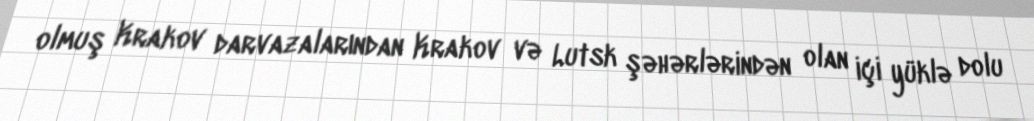
olmuş Krakov darvazalarından Krakov və Lutsk şəhərlərindən olan içi yüklə dolu